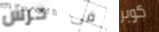
حرس فى كوبر